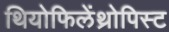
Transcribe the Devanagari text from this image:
थियोफिलेंथ्रोपिस्ट